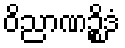
ဝိညာဏဉ္စိဒံ